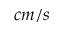
c m / s